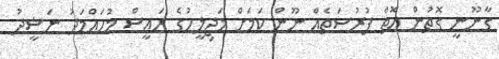
ގާނޫނީ ގޮތުން އޮތް ފުރުސަތެއް ނޫން ކަމަށް މަޖިލީހުގެ ރައީސް މުހައްމަދު ނަޝީދު